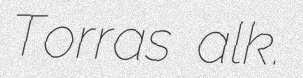
Torras alk.